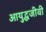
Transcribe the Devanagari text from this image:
आयुद्धजीवी